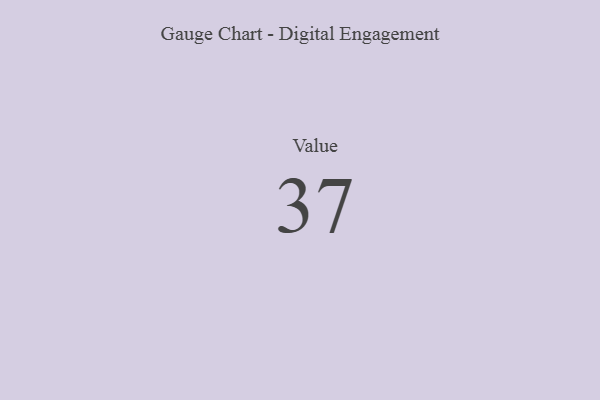
{"axis": {"x": "Metric", "y": "Value"}, "legend": [""], "data": [{"x": "Value", "y": 37, "type": ""}]}